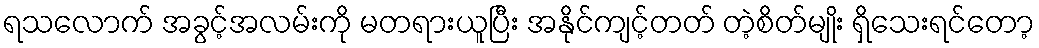
ရသလောက် အခွင့်အလမ်းကို မတရားယူပြီး အနိုင်ကျင့်တတ် တဲ့စိတ်မျိုး ရှိသေးရင်တော့